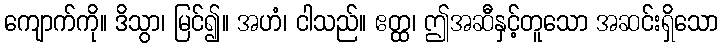
ကျောက်ကို။ ဒိသွာ၊ မြင်၍။ အဟံ၊ ငါသည်။ ဧတ္ထ၊ ဤအဆီနှင့်တူသော အဆင်းရှိသော